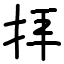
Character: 拝